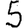
Digit: 5